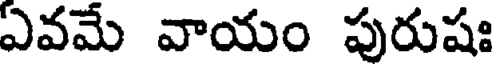
ఏవమే వాయం పురుషః